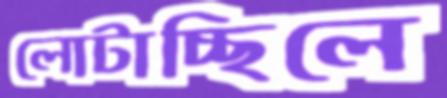
লোটাচ্ছিলে